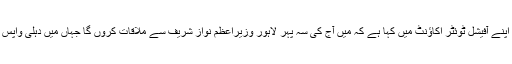
بھارتی وزیراعظم نے اپنے آفیشل ٹوئٹر اکاؤنٹ میں کہا ہے کہ میں آج کی سہ پہر لاہور وزیراعظم نواز شریف سے ملاقات کروں گا جہاں میں دہلی واپس جاتے ہوئے رکوں گا۔